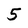
Character: 5